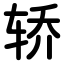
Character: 轿